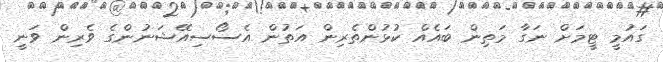
ގައުމީ ޓީމަށް ނަގާ މަތިން ބައެއް ކުޅުންތެރިން އަތުން އެސޯސިއޭޝަނުންގެ ވެރިން ވަނީ